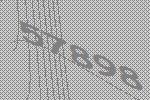
57898